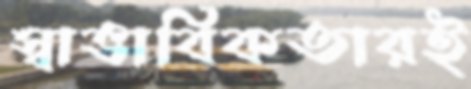
স্বাভাবিকতারই